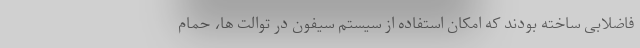
فاضلابی ساخته بودند که امکان استفاده از سیستم سیفون در توالت ها، حمام